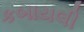
કબાયલી